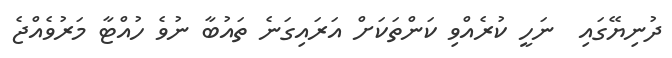
ދުނިޔޭގައި  ނަހީ ކުރެއްވި ކަންތަކަށް އަރައިގަނެ ތައުބާ ނުވެ ހުއްޓާ މަރުވެއްޖެ